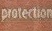
Protector